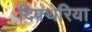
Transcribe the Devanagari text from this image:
दिफ्थेरिया